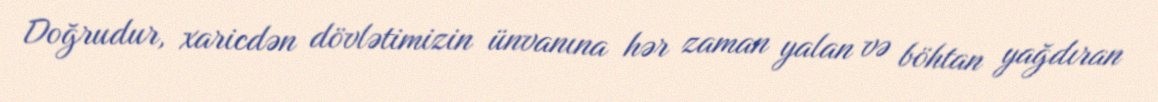
Doğrudur, xaricdən dövlətimizin ünvanına hər zaman yalan və böhtan yağdıran